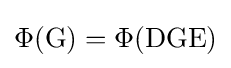
\Phi (\mathrm {G} )=\Phi (\mathrm {D} \mathrm {G} \mathrm {E} )